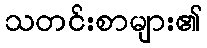
သတင်းစာများ၏